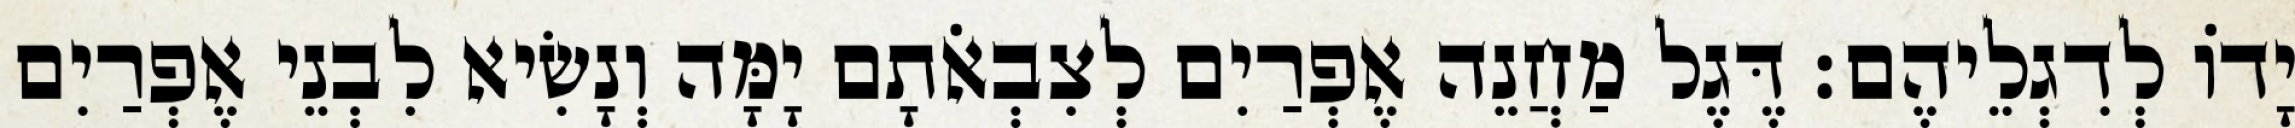
יָדוֹ לְדִגְלֵיהֶם׃ דֶּגֶל מַחֲנֵה אֶפְרַיִם לְצִבְאֹתָם יָמָּה וְנָשִׂיא לִבְנֵי אֶפְרַיִם